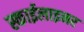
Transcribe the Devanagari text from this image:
स्काईलाइनर